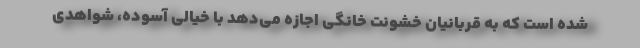
شده است که به قربانیان خشونت خانگی اجازه می‌دهد با خیالی آسوده، شواهدی